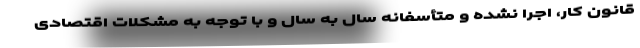
قانون کار، اجرا نشده و متأسفانه سال به سال و با توجه به مشکلات اقتصادی